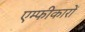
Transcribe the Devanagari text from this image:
एम्फीकारों